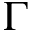
\Gamma